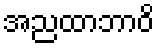
အညထာဘာဝိ